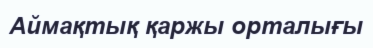
Аймақтық қаржы орталығы